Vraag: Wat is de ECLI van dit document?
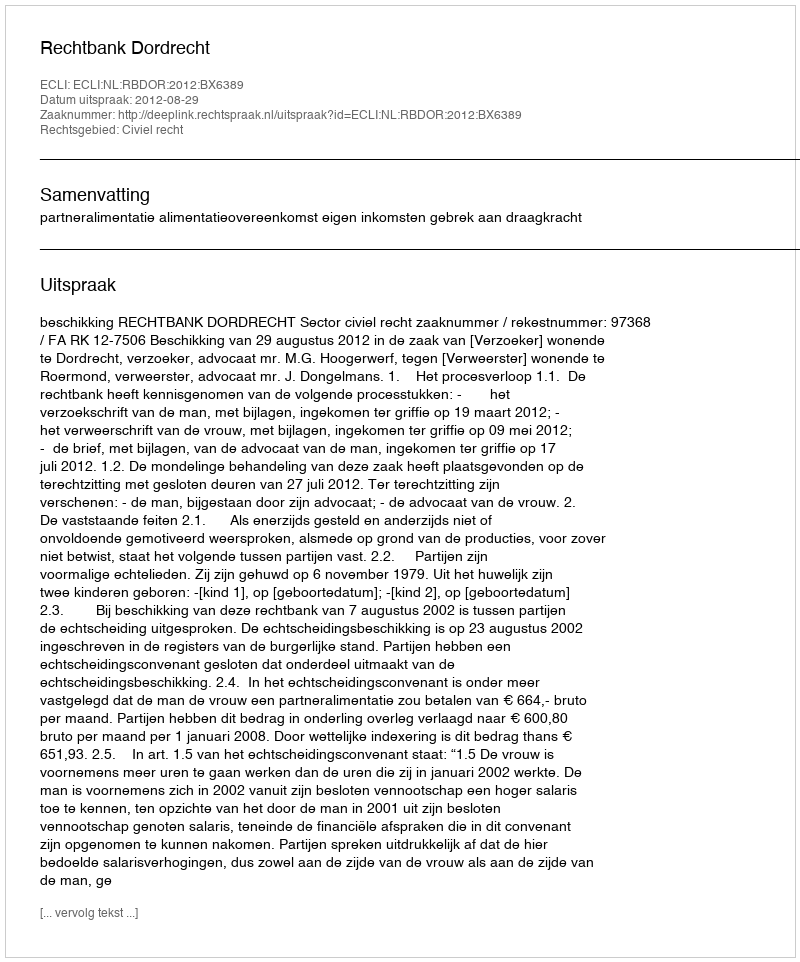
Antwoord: ECLI:NL:RBDOR:2012:BX6389